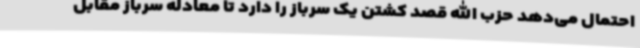
احتمال می‌دهد حزب الله قصد کشتن یک سرباز را دارد تا معادله سرباز مقابل